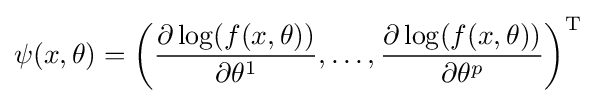
\psi (x,\theta )=\left({\frac {\partial \log(f(x,\theta ))}{\partial \theta ^{1}}},\dots ,{\frac {\partial \log(f(x,\theta ))}{\partial \theta ^{p}}}\right)^{\mathrm {T} }